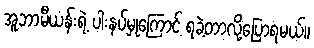
အူဘာမီယန်းရဲ့ ပါးနပ်မှုကြောင့် ရခဲ့တာလို့ပြောရမယ်။